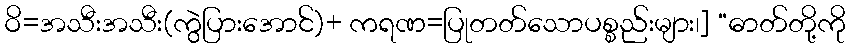
ဝိ=အသီးအသီး(ကွဲပြားအောင်)+ ကရဏ=ပြုတတ်သောပစ္စည်းများ၊] “ဓာတ်တို့ကို